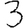
Digit: 3